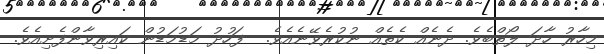
މިހާރު ހާދަ ލޯތްބެވެ. ދެނެއް ކެތެއް ނުކުރެވޭނެއެވެ.  ފަހުދު މަޑުމަޑުން ކައިރިވާންފެށިއެވެ.